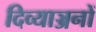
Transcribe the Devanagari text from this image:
दिव्याञ्जनों